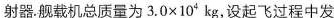
射器.舰载机总质量为$$3 . 0 \times 1 0 ^ { 4 }$$kg，设起飞过程中发